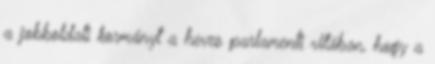
a jobboldali kormányt a heves parlamenti vitában, hogy a